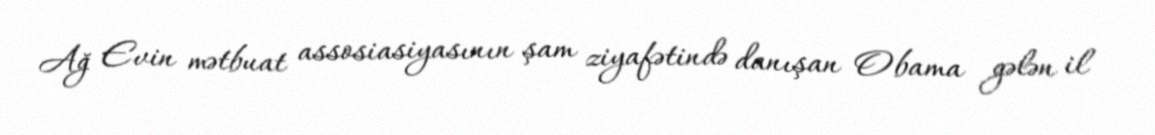
Ağ Evin mətbuat assosiasiyasının şam ziyafətində danışan Obama gələn il